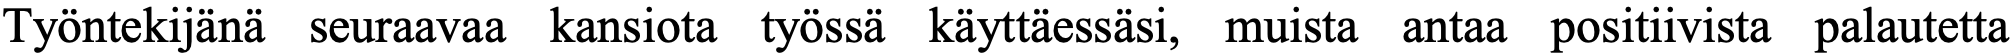
Työntekijänä seuraavaa kansiota työssä käyttäessäsi, muista antaa positiivista palautetta